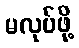
မလုပ်ဖို့